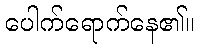
ပေါက်ရောက်နေ၏။